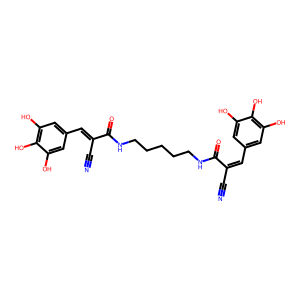
SMILES: N#CC(=Cc1cc(O)c(O)c(O)c1)C(=O)NCCCCCNC(=O)C(C#N)=Cc1cc(O)c(O)c(O)c1
Inhibits HIV replication: No